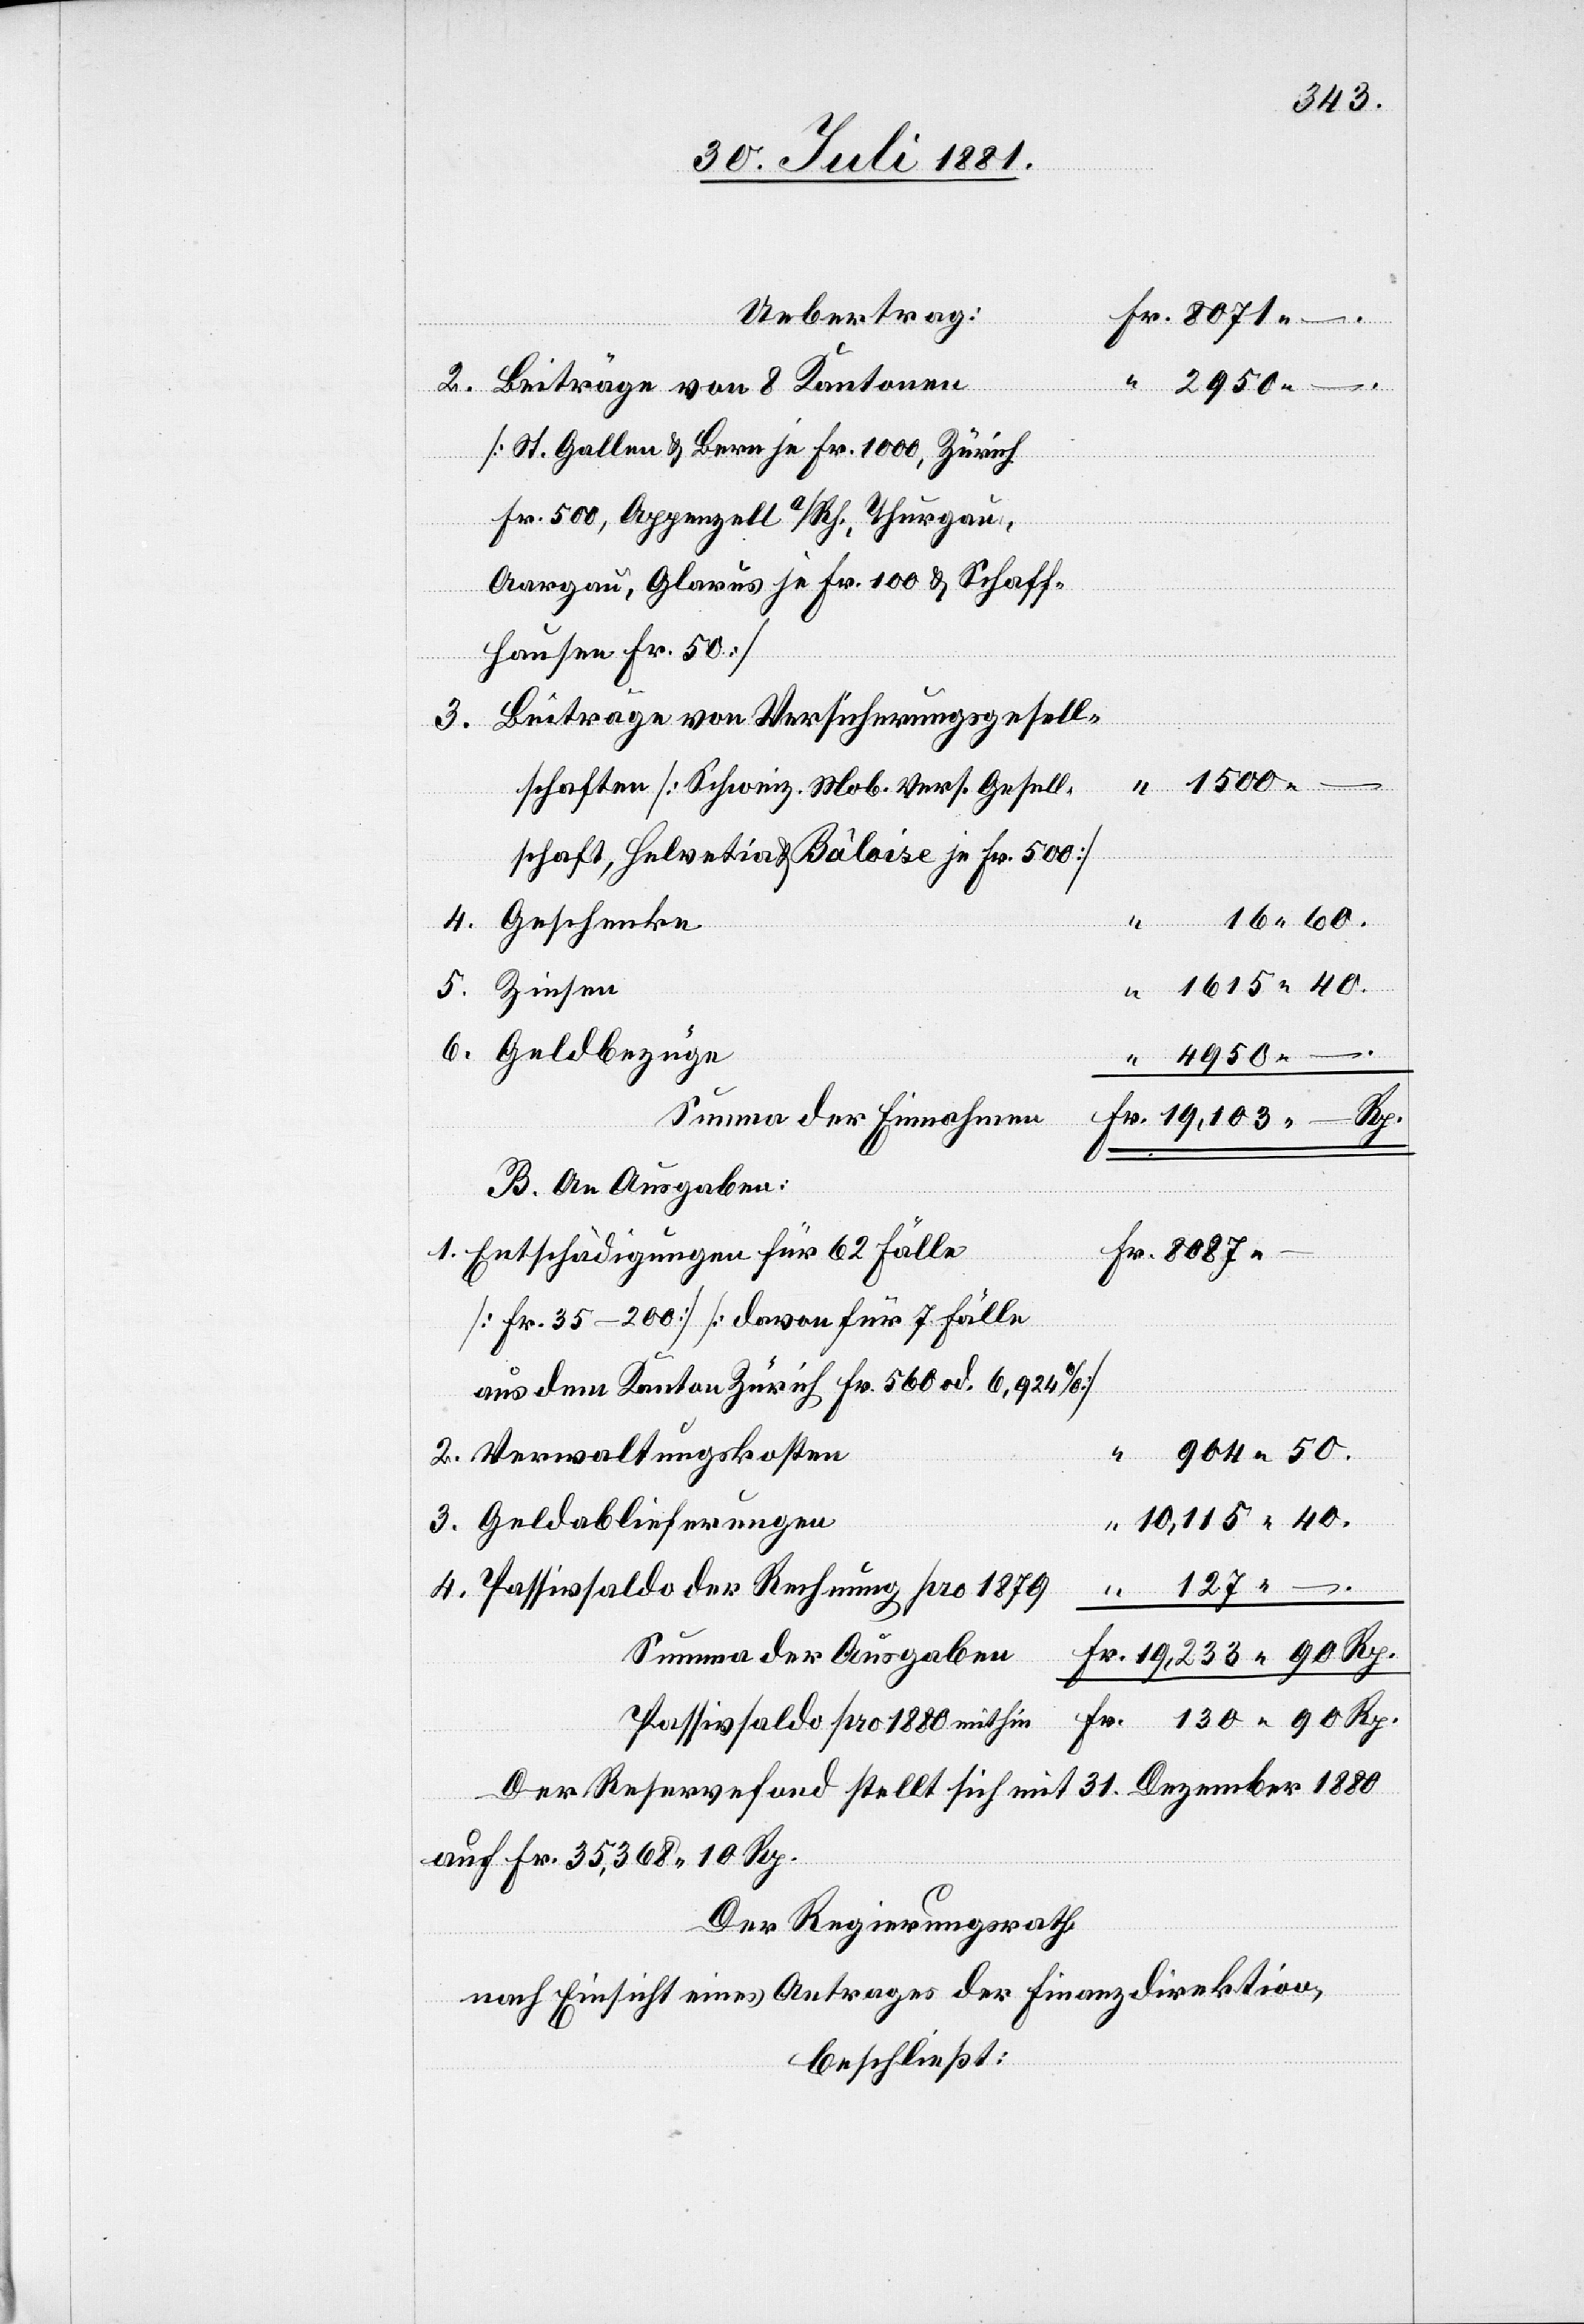
Uebertrag:
2.
Beiträge von 8 Kantonen
[St. Gallen & Bern je Fr. 1000, Zürich
Fr. 500, Appenzell a/Rh., Thurgau,
Aargau, Glarus je Fr. 100 & Schaff¬
hausen Fr. 50]
Fr.
Beiträge von Versicherungsgesell¬
3.
schaften [Schweiz. Mob. Vers. Gesell¬
schaft, Helvetia & Bâloise je Fr. 500]
1615 40.
Summa der Einnahmen
19,103 – Rp.
B. An Ausgaben:
Entschädigungen für 62 Fälle
[Fr. 35–200] [davon für 7 Fälle
aus dem Kanton Zürich Fr. 560 od. 6,924%].
904 50.
Verwaltungskosten
4.
10,115 40.
Geldablieferungen
Passivsaldo der Rechnung pro 1879
Summa der Ausgaben
19,233 90 Rp.
130 90 Rp.
Passivsaldo pro 1880 mithin
Der Reservefond stellt sich mit 31. Dezember 1880
auf Fr. 35,368 10 Rp.
Der Regierungsrath,
nach Einsicht eines Antrages der Finanzdirektion,
beschließt: